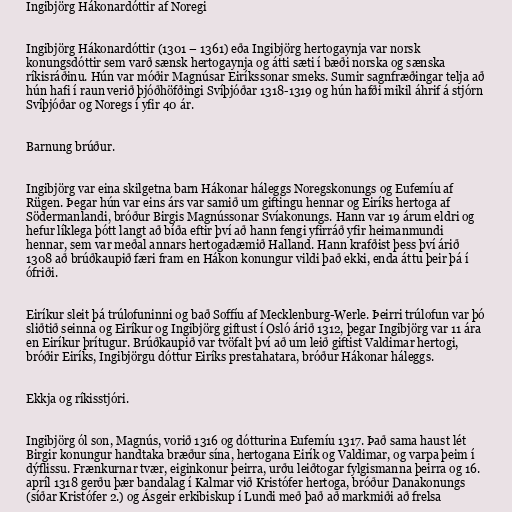
Ingibjörg Hákonardóttir af Noregi

Ingibjörg Hákonardóttir (1301 – 1361) eða Ingibjörg hertogaynja var norsk
konungsdóttir sem varð sænsk hertogaynja og átti sæti í bæði norska og sænska
ríkisráðinu. Hún var móðir Magnúsar Eiríkssonar smeks. Sumir sagnfræðingar telja að
hún hafi í raun verið þjóðhöfðingi Svíþjóðar 1318-1319 og hún hafði mikil áhrif á stjórn
Svíþjóðar og Noregs í yfir 40 ár.

Barnung brúður.

Ingibjörg var eina skilgetna barn Hákonar háleggs Noregskonungs og Eufemíu af
Rügen. Þegar hún var eins árs var samið um giftingu hennar og Eiríks hertoga af
Södermanlandi, bróður Birgis Magnússonar Svíakonungs. Hann var 19 árum eldri og
hefur líklega þótt langt að bíða eftir því að hann fengi yfirráð yfir heimanmundi
hennar, sem var meðal annars hertogadæmið Halland. Hann krafðist þess því árið
1308 að brúðkaupið færi fram en Hákon konungur vildi það ekki, enda áttu þeir þá í
ófriði.

Eiríkur sleit þá trúlofuninni og bað Soffíu af Mecklenburg-Werle. Þeirri trúlofun var þó
sliðtið seinna og Eiríkur og Ingibjörg giftust í Osló árið 1312, þegar Ingibjörg var 11 ára
en Eiríkur þrítugur. Brúðkaupið var tvöfalt því að um leið giftist Valdimar hertogi,
bróðir Eiríks, Ingibjörgu dóttur Eiríks prestahatara, bróður Hákonar háleggs.

Ekkja og ríkisstjóri.

Ingibjörg ól son, Magnús, vorið 1316 og dótturina Eufemíu 1317. Það sama haust lét
Birgir konungur handtaka bræður sína, hertogana Eirík og Valdimar, og varpa þeim í
dýflissu. Frænkurnar tvær, eiginkonur þeirra, urðu leiðtogar fylgismanna þeirra og 16.
apríl 1318 gerðu þær bandalag í Kalmar við Kristófer hertoga, bróður Danakonungs
(síðar Kristófer 2.) og Ásgeir erkibiskup í Lundi með það að markmiði að frelsa